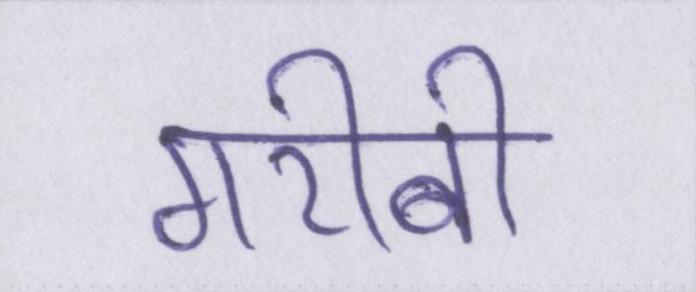
गरीबी